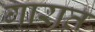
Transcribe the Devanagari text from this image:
गारात